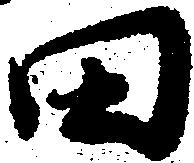
田